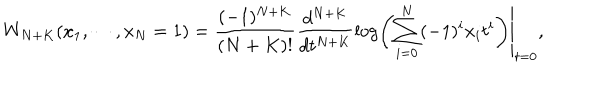
W _ { N + K } ( x _ { 1 } , \cdots , x _ { N } = 1 ) = \left. \frac { ( - 1 ) ^ { N + K } } { ( N + K ) ! } \frac { d ^ { N + K } } { d t ^ { N + K } } \log \left( \sum _ { i = 0 } ^ { N } ( - 1 ) ^ { i } x _ { i } t ^ { i } \right) \right| _ { t = 0 } ,